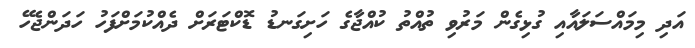
އަދި މިމައްސަލައާއި ގުޅިގެން މަރުވި ތުއްތު ކުއްޖާގެ ހަށިގަނޑު ޑޮކްޓަރަށް ދެއްކުމަށްފަހު ހަދަންޖެހޭ